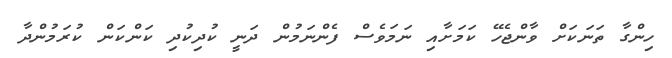
ހިންގާ ތަނަކަށް ވާންޖެހޭ ކަމަށާއި ނަމަވެސް ފެންނަމުން ދަނީ ކުދިކުދި ކަންކަން ކުރަމުންދާ